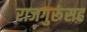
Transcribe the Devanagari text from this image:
राजगुरूंसह